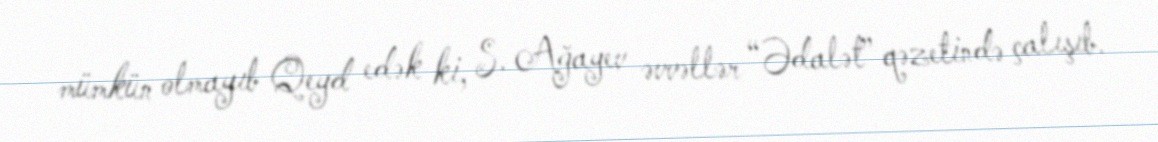
mümkün olmayıb Qeyd edək ki, S. Ağayev əvvəllər “Ədalət” qəzetində çalışıb.